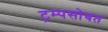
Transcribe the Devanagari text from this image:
ट्रम्पसोबत